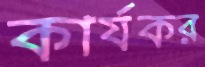
কার্যকর